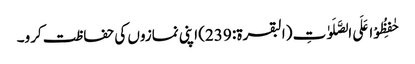
حٰفِظُوْا عَلَی الصَّلَوٰتِ (البقرۃ: 239) اپنی نمازوں کی حفاظت کرو۔